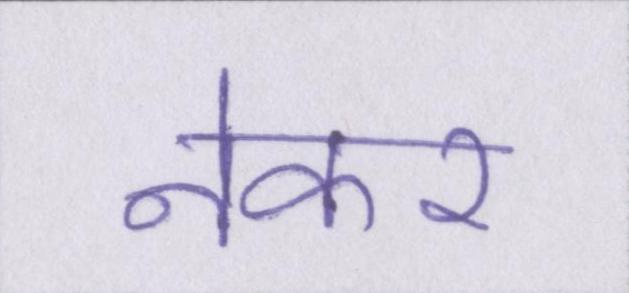
नेकर